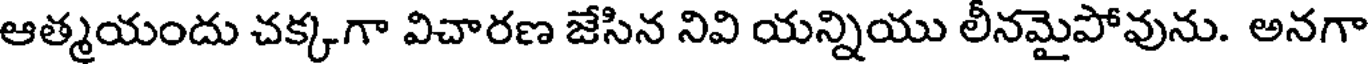
ఆత్మయందు చక్కగా విచారణ జేసిన నివి యన్నియు లీనమైపోవును. అనగా